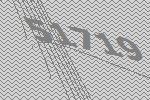
51719